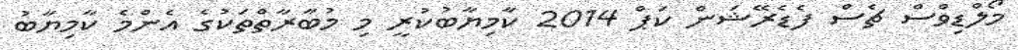
މޯލްޑިވްސް ޗެސް ފެޑެރޭޝަން ކަޕް 2014 ކާމިޔާބުކުރީ މި މުބާރާތްތަކުގެ އެންމެ ކާމިޔާބު